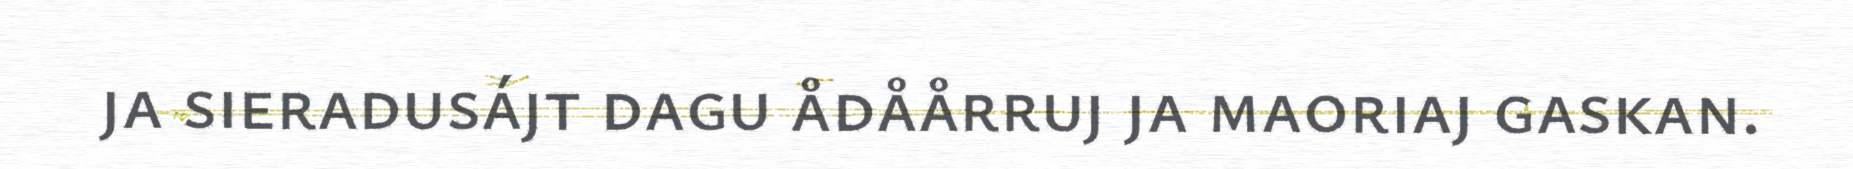
ja sieradusájt dagu ådåårruj ja maoriaj gaskan.